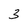
Character: 3